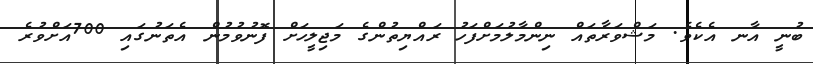
ބުނީ އާނ އެކެވެ. މަޝްވަރާތައް ނިންމާލުމަށްފަހު ރައްޔިތުންގެ މަޖިލީހަށް ފޮނުވުމުން އެތަނުގައި 700އަށްވުރެ